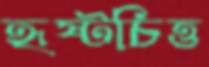
হৃষ্টচিত্ত